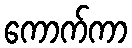
ကောက်ကာ